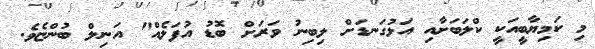
މި ކަމިޔާބީއަކީ ކްލަބަށާއި އަޅުގަނޑަށް ލިބިނު ވަރަށް ބޮޑު އުފަލެއް" އަނިލް ބުންޏެވެ.